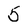
Character: 5